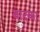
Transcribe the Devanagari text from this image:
बादका